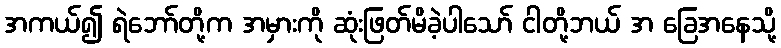
အကယ်၍ ရဲဘော်တို့က အမှားကို ဆုံးဖြတ်မိခဲ့ပါသော် ငါတို့ဘယ် အ ခြေအနေသို့